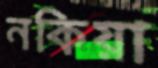
নকিয়া